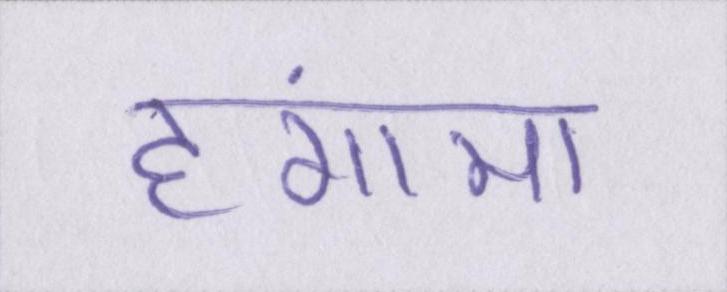
हंगामा